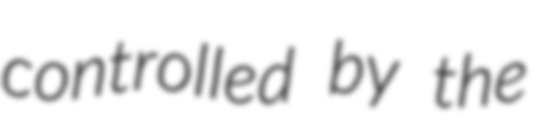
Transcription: controlled by the